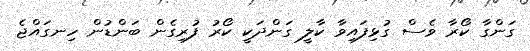
ގަންގާ ކޯރާ ވެސް ގުޅިފައިވާ ކާލީ ގަންދަކީ ކޯރު ފުރިގެން ބަންޑުން ހިނގައްޖެ